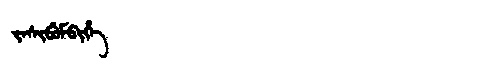
Manchu: ᠵᠠᠰᡳᠪᡠᠮᠪᡳᡥᡝ
Romanization: JASIBUMBIHE